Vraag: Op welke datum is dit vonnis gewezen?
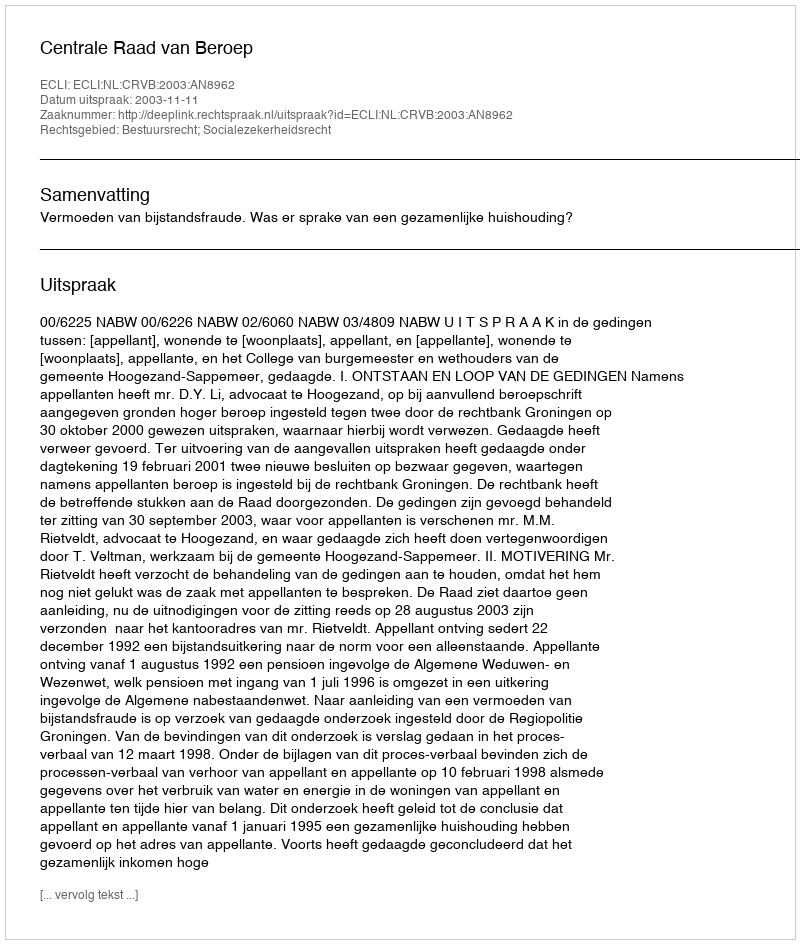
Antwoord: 2003-11-11